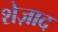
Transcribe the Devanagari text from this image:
शेज़ाद